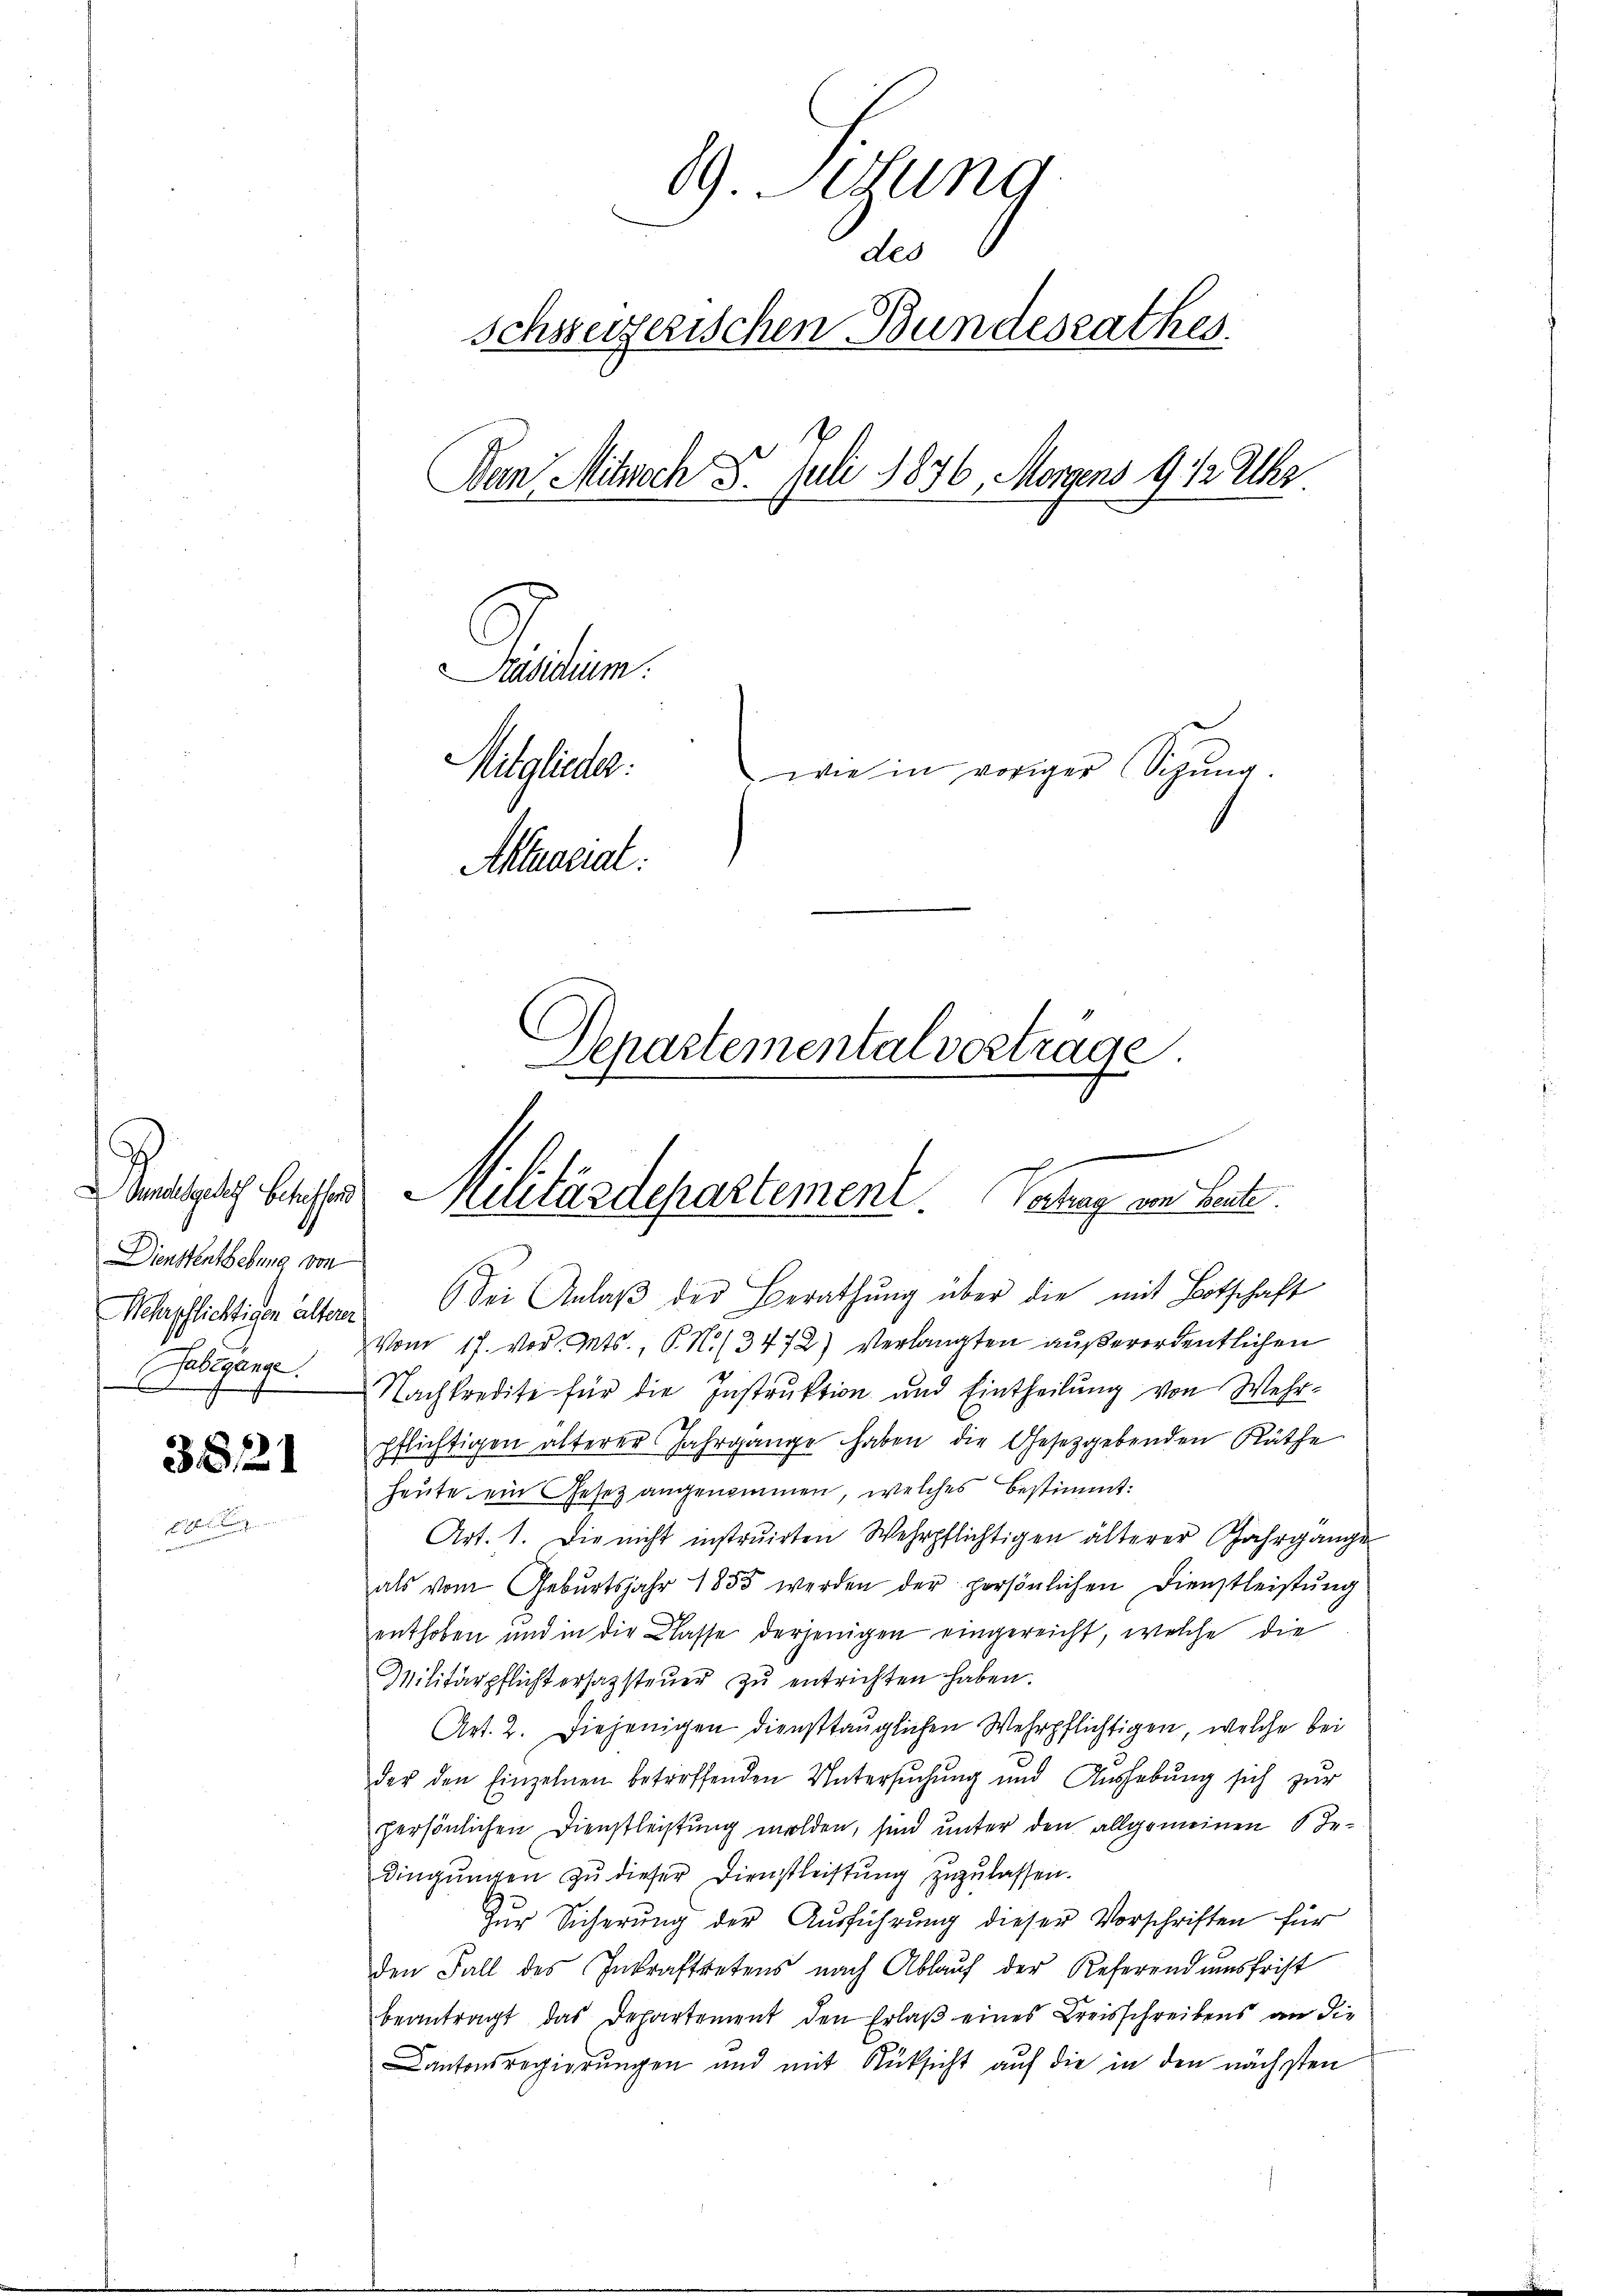
Sensatz sichtes
Dienstenthebung von
Wehrpflichtigen alterer
Jahrgange
.
f

38121

89. Sedung
des
schsseizerischen Bundesrathes.
Ban Mitwoch 5. Juli 1836, Morgens 9 1/2 Uhr.
Präsidium.
Miglicher.
wie in voriger Schŭng.
Aktuariat.
Departemental vortrage

Militärdepartement Vortrag von Leute

Sei Anlaβ der Berathung über die mit Botschaft
Vom 17. vor. Mts. P. N. 13472) Verlangten außerordentlichen
Nachkredite für die Instruktion und Eintheilung von Wehrpflichtigen älterer Jahrgange haben die Gesetzgebenden Räthe
heute ein Gesetz angenommen, welches bestimmt:
Art. 1. Die nicht instruirten Wehrpflichtigen älterer Jahrgange
als vom Gebŭrtsjahr 1855 werden der persönlichen Dienstleistŭng
enthoben und in die Classe derjenigen eingereicht, welche die
Militärpflicht erhassteŭer zŭ entrichten haben.
Art. 2. Diejenigen diensttauglichen Wehrpflichtigen, welche bei
der den Einzelnen betreffenden Untersŭchŭng und Aŭshebŭng sich zŭr
persönlichen Dienstleistung melden, sind unter den allgemeinen Redingungen zu dieser Dienstleistung zuzulassen.
Zur Sicherung der Ausführung dieser Vorschriften für
den Fall des Inkraftretens nach Ablaŭf der Referendumsfrist
beantragt das Departement den Erlaß eines Kreisschreibens an die
Cantonsregierungen und mit Rüksicht auf die in den nächsten